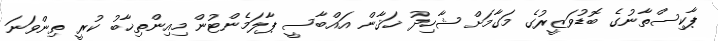
ޕާކިސްތާނުގެ ބޮޑުވަޒީރުގެ މަގާމަށް ޝާހިދު ޚަޤާން އައްބާސީ ޕާލަމެންޓުން މިއިންތިޚާބު ކުރީ ތިންވަނަ